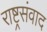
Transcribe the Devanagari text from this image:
राष्ट्रसंवाद